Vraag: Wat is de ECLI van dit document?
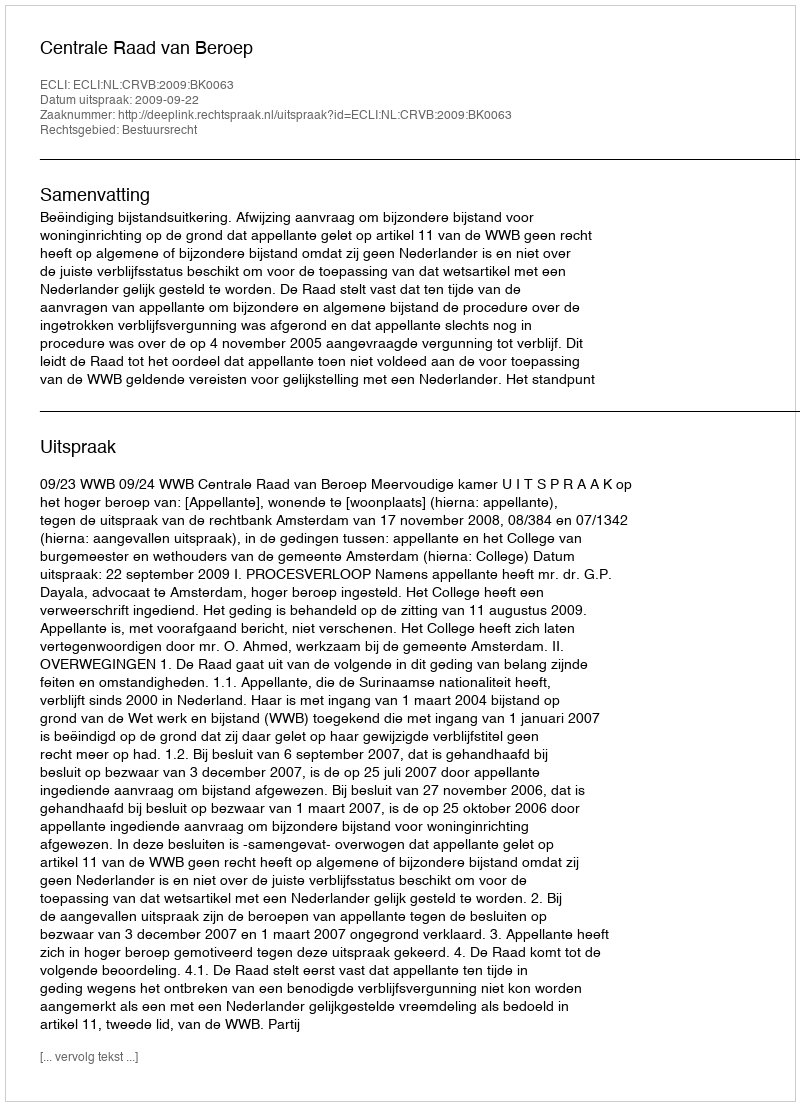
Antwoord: ECLI:NL:CRVB:2009:BK0063